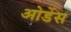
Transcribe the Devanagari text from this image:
ओडेंस